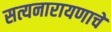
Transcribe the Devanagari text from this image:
सत्यनारायणाचे